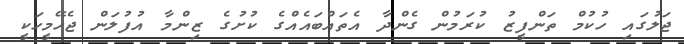
ޖަލުގައި ހުކުމް ތަންފީޒު ކުރަމުން ގެންދާ އެތައްބައެއްގެ ކުށުގެ ޒިންމާ އުފުލަން ޖެހޭމީހަކީ